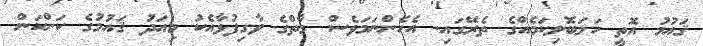
ޤައުމު އޮތީ ހަލަބޮލިކަމެއްގެ ތެރޭގައި. އެހެންނަމަވެސް މާތްގެ ވާގިފުޅާއެކު މިއަދު ޤައުމުގެ ކަންކަން